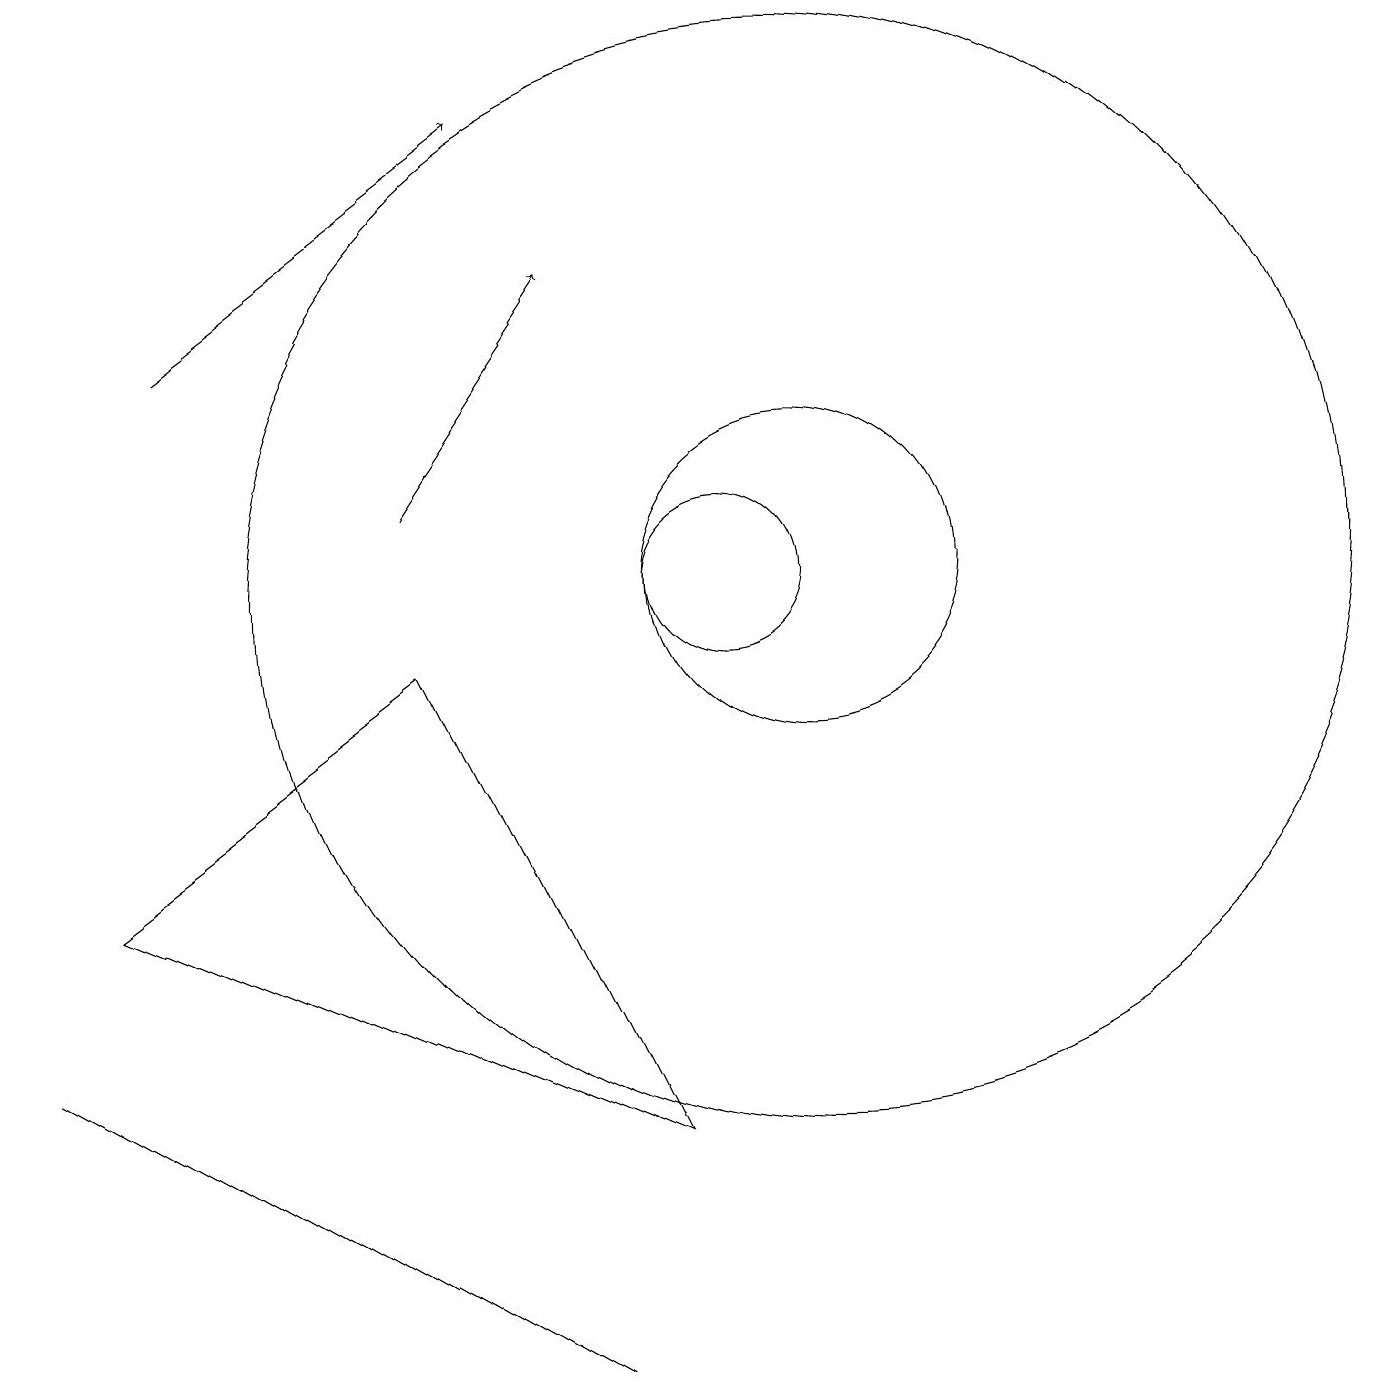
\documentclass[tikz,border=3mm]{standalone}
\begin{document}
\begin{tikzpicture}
\draw[->] (6,11) -- (8,14);
\draw (11,10) circle (7);
\draw (8,0) -- (1,4) -- (1,4) -- cycle;
\draw (2,6) -- (6,9) -- (9,3) -- cycle;
\draw (10,10) circle (1);
\draw (11,10) circle (2);
\draw[->] (3,13) -- (7,16);
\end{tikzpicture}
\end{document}